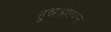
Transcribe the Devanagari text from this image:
हुश्नओइश्क़